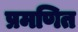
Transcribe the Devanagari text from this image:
प्रमणित